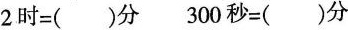
2时=（ ）分 300秒=（ ）分